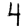
Digit: 4